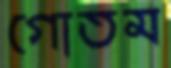
গোতম